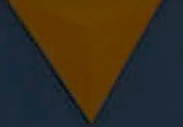
7